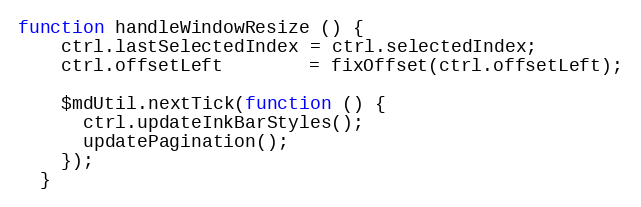
Language: JavaScript
function handleWindowResize () {
    ctrl.lastSelectedIndex = ctrl.selectedIndex;
    ctrl.offsetLeft        = fixOffset(ctrl.offsetLeft);

    $mdUtil.nextTick(function () {
      ctrl.updateInkBarStyles();
      updatePagination();
    });
  }